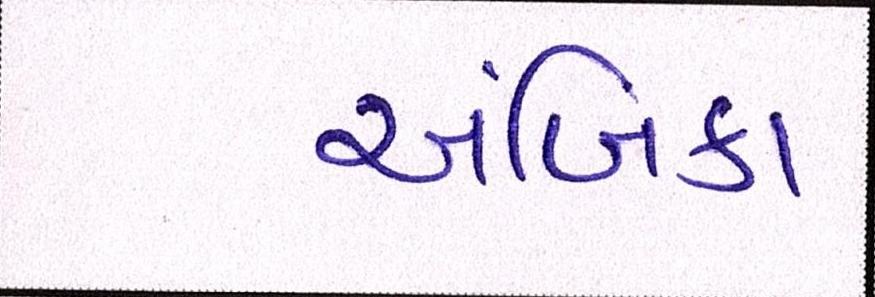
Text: અંબિકા